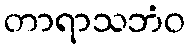
တာရာသဘံဝ